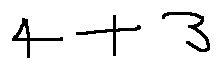
4 + 3